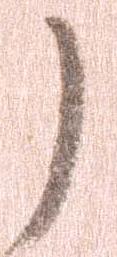
了